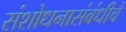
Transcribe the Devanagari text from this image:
संशोधनासंबंधीचे